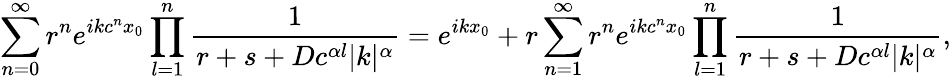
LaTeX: \sum_{n=0}^{\infty}r^{n}e^{ikc^{n}x_{0}}\prod_{l=1}^{n}\frac{1}{r+s+Dc^{\alpha l}|k|^{\alpha}}=e^{ikx_{0}}+r\sum_{n=1}^{\infty}r^{n}e^{ikc^{n}x_{0}}\prod_{l=1}^{n}\frac{1}{r+s+Dc^{\alpha l}|k|^{\alpha}},